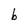
Character: b